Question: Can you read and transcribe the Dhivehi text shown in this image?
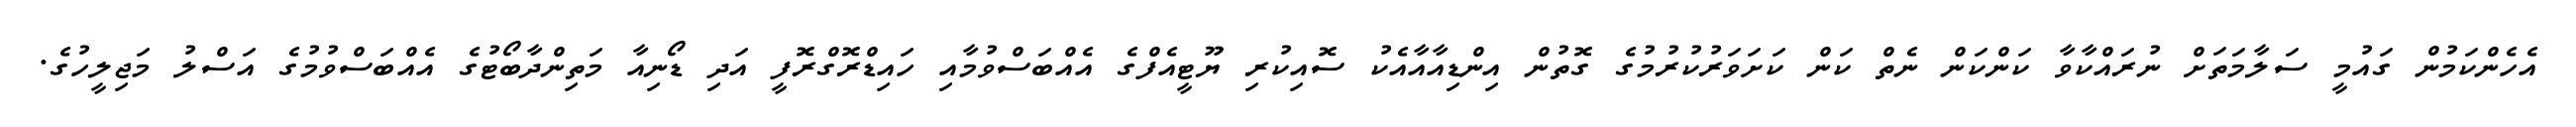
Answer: އެހެންކަމުން ގައުމީ ސަލާމަތަށް ނުރައްކާވާ ކަންކަން ނެތް ކަން ކަށަވަރުކުރުމުގެ ގޮތުން އިންޑިއާއާއެކު ސޮއިކުރި ޔޫޓީއެފްގެ އެއްބަސްވުމާއި ހައިޑްރޮގްރޮފީ އަދި ޑޯނިއާ މަތިންދާބޯޓުގެ އެއްބަސްވުމުގެ އަސްލު މަޖިލީހުގެ.